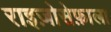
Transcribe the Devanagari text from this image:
राइज़ोसेफ़ाला